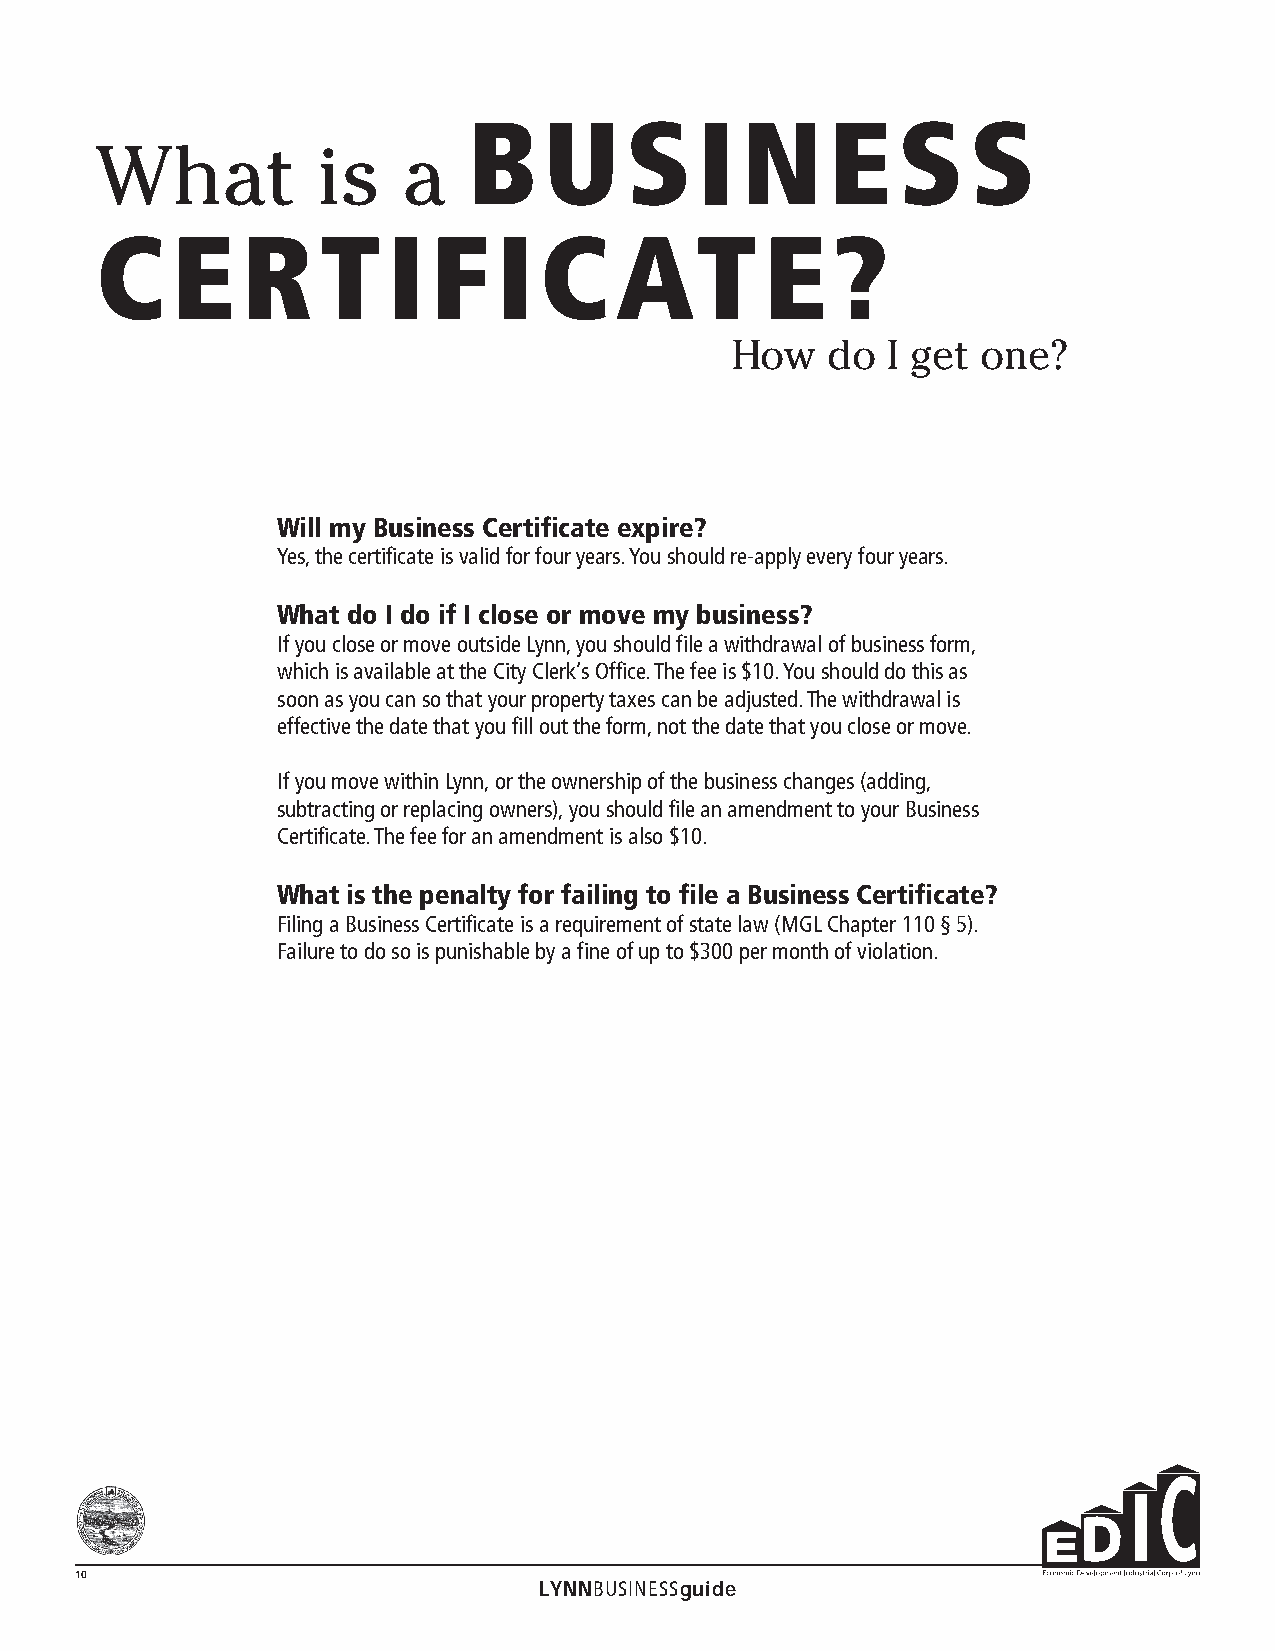
B    U    S    I  N     E   S    S
 What           is    a
 C    E    R    T    I  F   I  C    AT        E   ?
 How    do  I get one?
 Will my Business Certificate expire?
 Yes, the certificate is valid for four years. You should re-apply every four years.
 What do I do if I close or move my business?
 If you close or move outside Lynn, you should file a withdrawal of business form,
 which is available at the City Clerk’s Office. The fee is $10. You should do this as
 soon as you can so that your property taxes can be adjusted. The withdrawal is
 effective the date that you fill out the form, not the date that you close or move.
 If you move within Lynn, or the ownership of the business changes (adding,
 subtracting or replacing owners), you should file an amendment to your Business
 Certificate. The fee for an amendment is also $10.
 What is the penalty for failing to file a Business Certificate?
 Filing a Business Certificate is a requirement of state law (MGL Chapter 110 § 5).
 Failure to do so is punishable by a fine of up to $300 per month of violation.
 10
 LYNNBUSINESSguide